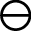
\ominus